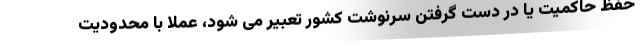
حفظ حاکمیت یا در دست گرفتن سرنوشت کشور تعبیر می شود، عملاً با محدودیت